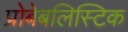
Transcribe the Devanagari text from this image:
प्रोबेबलिस्टिक